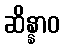
ဆိန္နာဝ